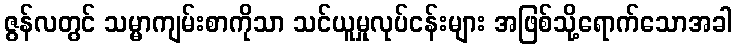
ဇွန်လတွင် သမ္မာကျမ်းစာကိုသာ သင်ယူမှုလုပ်ငန်းများ အဖြစ်သို့ရောက်သောအခါ